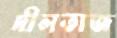
দীলতাজ